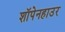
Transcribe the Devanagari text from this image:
शॉपेनहाउर